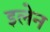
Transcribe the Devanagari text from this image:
इलेन